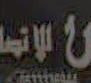
الانتما